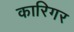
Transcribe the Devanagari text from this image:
कारिगर